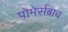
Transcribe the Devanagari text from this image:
पोमेर्सबाच